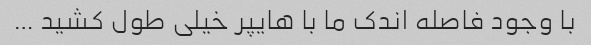
با وجود فاصله اندک ما با هایپر خیلی طول کشید …